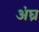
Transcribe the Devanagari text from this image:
अंघ्र